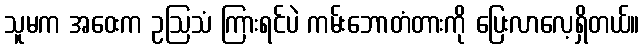
သူမက အဝေးက ဥဩသံ ကြားရင်ပဲ ကမ်းဘောတံတားကို ပြေးလာလေ့ရှိတယ်။